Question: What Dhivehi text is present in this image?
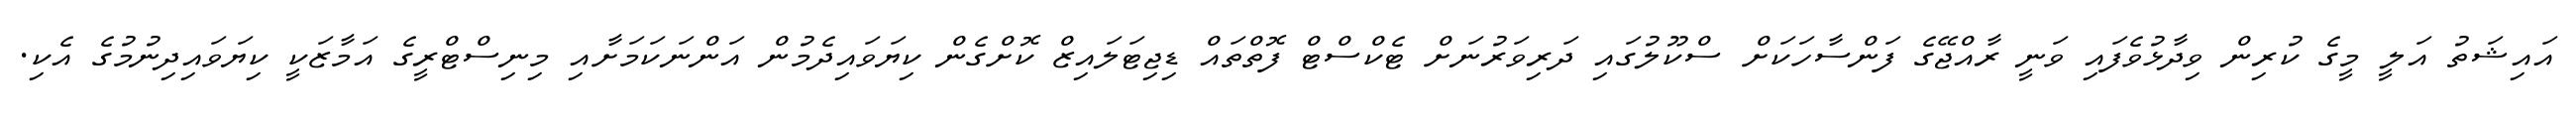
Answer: އައިޝަތު އަލީ މީގެ ކުރިން ވިދާޅުވެފައި ވަނީ ރާއްޖޭގެ ފަންސާހަކަށް ސްކޫލުގައި ދަރިވަރުނަށް ޓެކްސްޓް ފޮތްތައް ޑިޖިޓަލައިޒް ކޮށްގެން ކިޔަވައިދެމުން އަންނަކަމަށާއި މިނިސްޓްރީގެ އަމާޒަކީ ކިޔަވައިދިނުމުގެ އެކި.